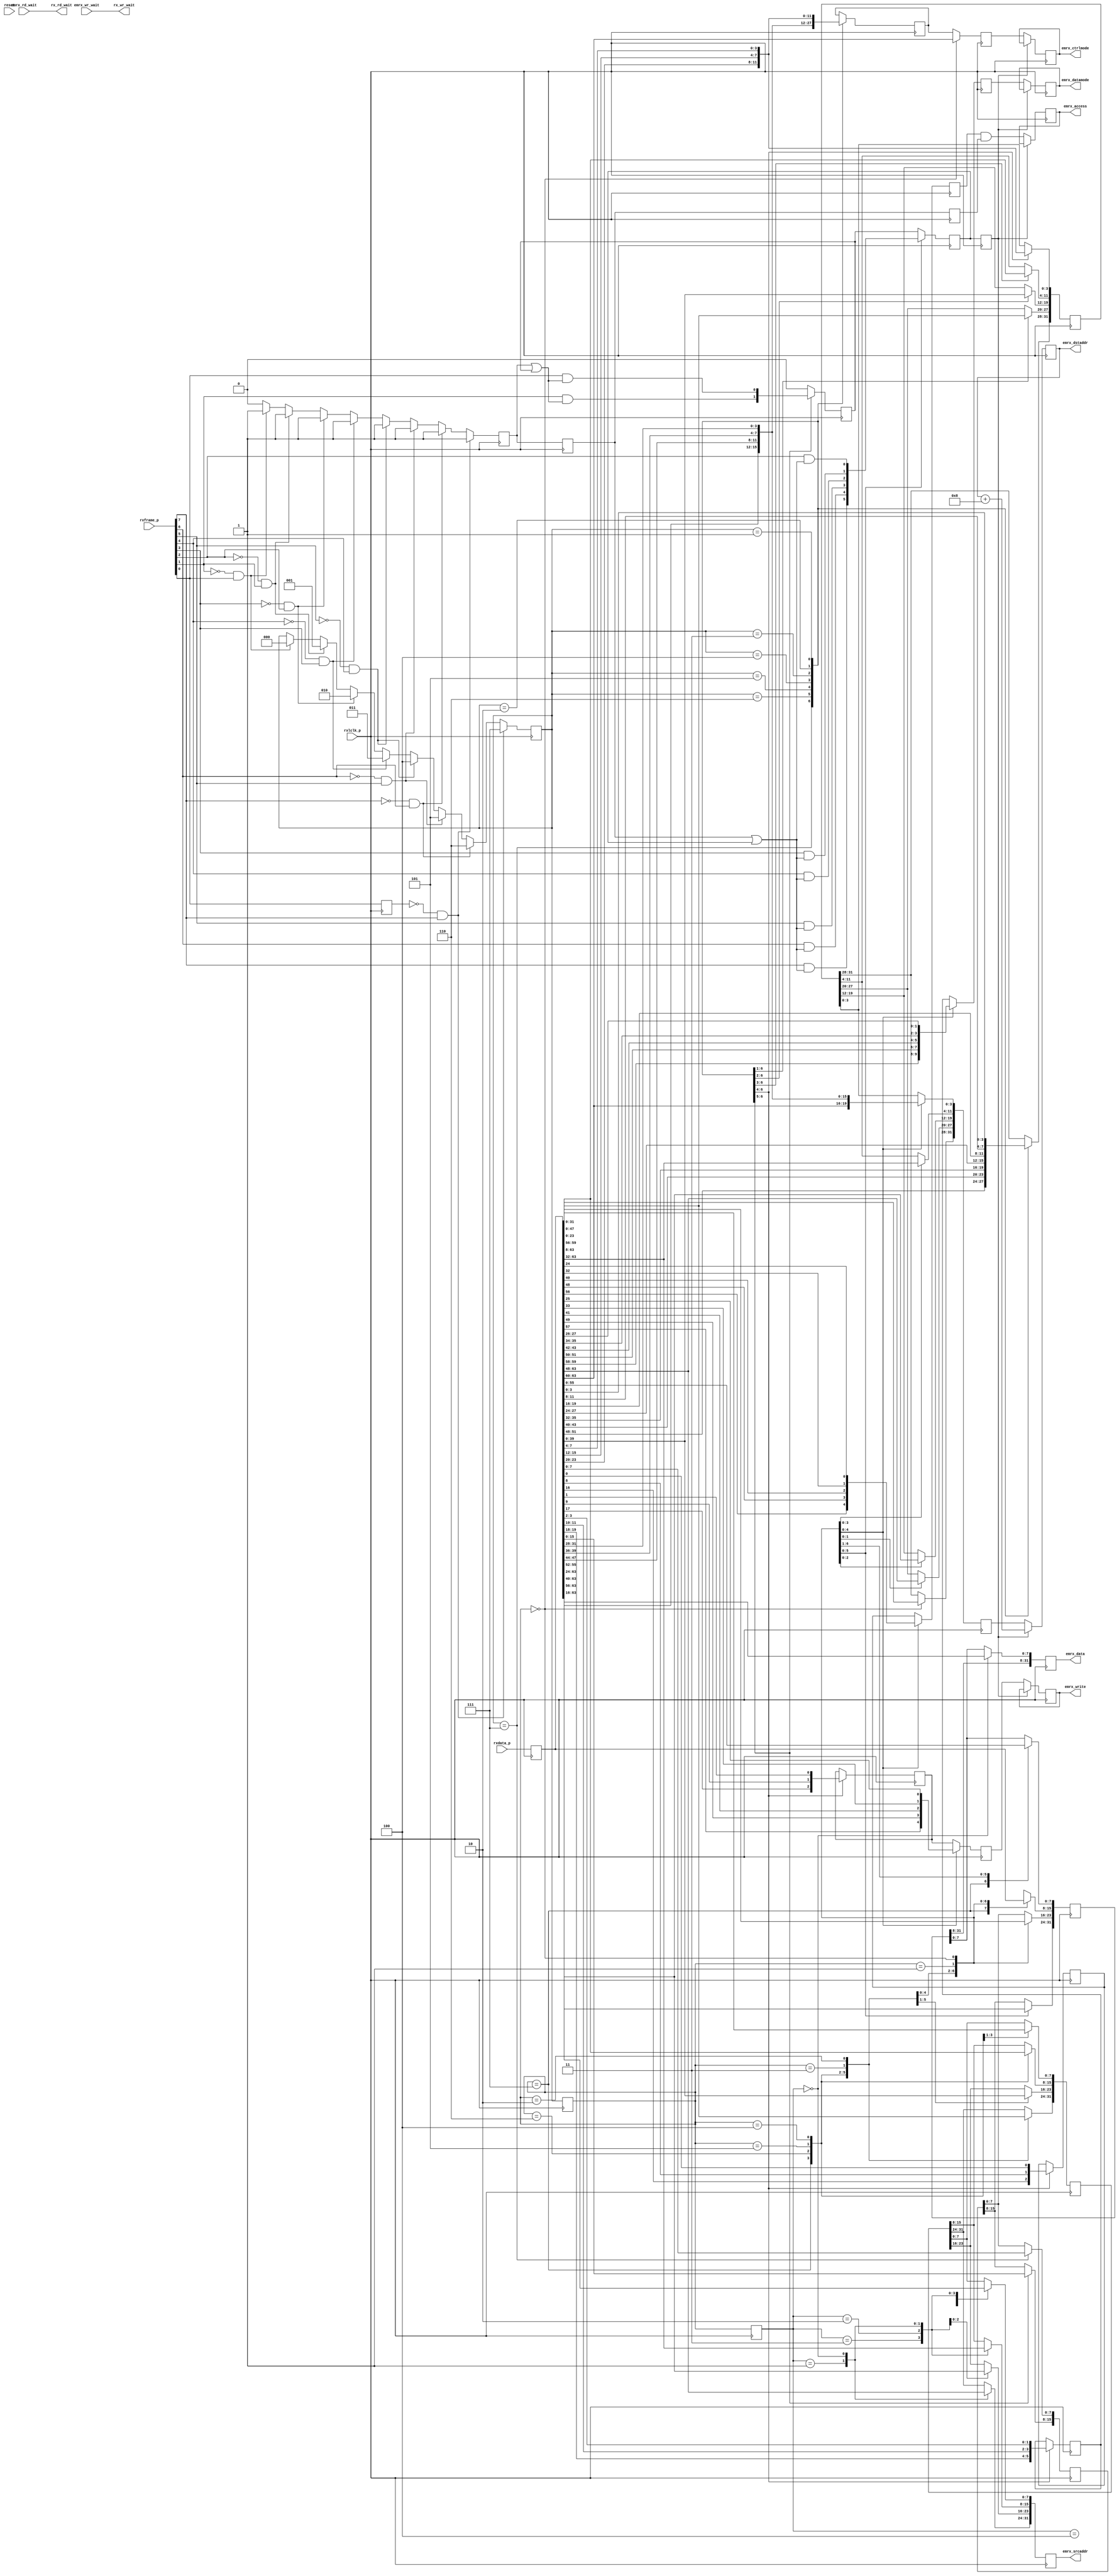
/*
  File: eproto_rx.v
 
  This file is part of the Parallella Project.

  Copyright (C) 2014 Adapteva, Inc.
  Contributed by Fred Huettig <fred@adapteva.com>

  This program is free software: you can redistribute it and/or modify
  it under the terms of the GNU General Public License as published by
  the Free Software Foundation, either version 3 of the License, or
  (at your option) any later version.

  This program is distributed in the hope that it will be useful,
  but WITHOUT ANY WARRANTY; without even the implied warranty of
  MERCHANTABILITY or FITNESS FOR A PARTICULAR PURPOSE.  See the
  GNU General Public License for more details.

  You should have received a copy of the GNU General Public License
  along with this program (see the file COPYING).  If not, see
  <http://www.gnu.org/licenses/>.
*/

/*
 ########################################################################
 EPIPHANY eLink RX Protocol block
 ########################################################################
 
 This block takes the parallel output of the input deserializers, locates
 valid frame transitions, and decodes the bytes into standard eMesh 
 protocol (104-bit transactions).
 */

module eproto_rx (/*AUTOARG*/
   // Outputs
   rx_rd_wait, rx_wr_wait, emrx_access, emrx_write, emrx_datamode,
   emrx_ctrlmode, emrx_dstaddr, emrx_srcaddr, emrx_data,
   // Inputs
   reset, rxlclk_p, rxframe_p, rxdata_p, emrx_rd_wait, emrx_wr_wait
   );

   // System reset input
   input          reset;

   // Parallel interface, 8 eLink bytes at a time
   input          rxlclk_p; // Parallel clock input from IO block
   input [7:0]    rxframe_p;
   input [63:0]   rxdata_p;
   output         rx_rd_wait;  // The wait signals are passed through
   output         rx_wr_wait;  // from the emesh interfaces
   
   // Output to MMU / filter
   output         emrx_access;
   output         emrx_write;
   output [1:0]   emrx_datamode;
   output [3:0]   emrx_ctrlmode;
   output [31:0]  emrx_dstaddr;
   output [31:0]  emrx_srcaddr;
   output [31:0]  emrx_data;
   input          emrx_rd_wait;
   input          emrx_wr_wait;
   
   //#############
   //# Configuration bits
   //#############

   //######################
   //# Identify FRAME edges
   //######################

   reg            frame_prev;

   reg [2:0]      rxalign_in;
   reg            rxactive_in;
   reg [63:0]     rxdata_in;
   
   reg [2:0]      rxalign_0;
   reg            rxactive_0;
   reg [3:0]      ctrlmode_0;
   reg [31:0]     dstaddr_0;
   reg [1:0]      datamode_0;
   reg            write_0;
   reg            access_0;
   reg [31:16]    data_0;
   reg            stream_0;
   
   reg [2:0]      rxalign_1;
   reg            rxactive_1;
   reg [3:0]      ctrlmode_1;
   reg [31:0]     dstaddr_1;
   reg [1:0]      datamode_1;
   reg            write_1;
   reg            access_1;
   reg [31:0]     data_1;
   reg [31:0]     srcaddr_1;
   reg            stream_1;
   
   reg [3:0]      ctrlmode_2;
   reg [31:0]     dstaddr_2;
   reg [1:0]      datamode_2;
   reg            write_2;
   reg            access_2;
   reg [31:0]     data_2;
   reg [31:0]     srcaddr_2;
   reg            stream_2;
   
   // Here we handle any alignment of the frame within an 8-cycle group,
   // though in theory frames should only start on rising edges??

   always @( posedge rxlclk_p ) begin

      frame_prev  <= rxframe_p[0] ;  // Capture last bit for next group
      rxdata_in   <= rxdata_p;
      
      if( ~frame_prev & rxframe_p[7] ) begin   // All 8 bytes are a new frame
         rxalign_in  <= 3'd7;
         rxactive_in <= 1'b1;
      end else if( ~rxframe_p[7] & rxframe_p[6] ) begin
         rxalign_in  <= 3'd6;
         rxactive_in <= 1'b1;
      end else if( ~rxframe_p[6] & rxframe_p[5] ) begin
         rxalign_in  <= 3'd5;
         rxactive_in <= 1'b1;
      end else if( ~rxframe_p[5] & rxframe_p[4] ) begin
         rxalign_in  <= 3'd4;
         rxactive_in <= 1'b1;
      end else if( ~rxframe_p[4] & rxframe_p[3] ) begin
         rxalign_in  <= 3'd3;
         rxactive_in <= 1'b1;
      end else if( ~rxframe_p[3] & rxframe_p[2] ) begin
         rxalign_in  <= 3'd2;
         rxactive_in <= 1'b1;
      end else if( ~rxframe_p[2] & rxframe_p[1] ) begin
         rxalign_in  <= 3'd1;
         rxactive_in <= 1'b1;
      end else if( ~rxframe_p[1] & rxframe_p[0] ) begin
         rxalign_in  <= 3'd0;
         rxactive_in <= 1'b1;
      end else begin
         rxactive_in <= 3'd0;  // No edge
      end
      
   end // always @ ( posedge rxlclk_p )

   // 1st cycle
   always @( posedge rxlclk_p ) begin

      rxactive_0 <= rxactive_in;
      rxalign_0  <= rxalign_in;
      stream_0   <= 1'b0;
            
      case(rxalign_in)
        3'd7: begin
           ctrlmode_0       <= rxdata_in[55:52];
           dstaddr_0[31:0]  <= rxdata_in[51:20];
           datamode_0       <= rxdata_in[19:18];
           write_0          <= rxdata_in[17];
           access_0         <= rxdata_in[16];
           data_0[31:16]    <= rxdata_in[15:0];
           stream_0         <= rxframe_p[1] & (rxactive_in | stream_0);
        end
        
        3'd6: begin
           ctrlmode_0       <= rxdata_in[47:44];
           dstaddr_0[31:0]  <= rxdata_in[43:12];
           datamode_0       <= rxdata_in[11:10];
           write_0          <= rxdata_in[9];
           access_0         <= rxdata_in[8];
           data_0[31:24]    <= rxdata_in[7:0];
           stream_0         <= rxframe_p[0] & (rxactive_in | stream_0);
        end

        3'd5: begin
           ctrlmode_0       <= rxdata_in[39:36];
           dstaddr_0[31:0]  <= rxdata_in[35:4];
           datamode_0       <= rxdata_in[3:2];
           write_0          <= rxdata_in[1];
           access_0         <= rxdata_in[0];
        end

        3'd4: begin
           ctrlmode_0       <= rxdata_in[31:28];
           dstaddr_0[31:4]  <= rxdata_in[27:0];
        end

        3'd3: begin
           ctrlmode_0       <= rxdata_in[23:20];
           dstaddr_0[31:12] <= rxdata_in[19:0];
        end

        3'd2: begin
           ctrlmode_0       <= rxdata_in[15:12];
           dstaddr_0[31:20] <= rxdata_in[11:0];
        end

        3'd1: begin
           ctrlmode_0       <= rxdata_in[7:4];
           dstaddr_0[31:28] <= rxdata_in[3:0];
        end
        
         // if align == 0 then only the tran byte is present, ignore
      endcase // case (rxalign_in)
      
   end // always @ ( posedge rxlclk_p )

   // 2nd cycle
   always @( posedge rxlclk_p ) begin

      rxactive_1 <= rxactive_0;
      rxalign_1  <= rxalign_0;

      // default pass-throughs
      ctrlmode_1    <= ctrlmode_0;
      dstaddr_1     <= dstaddr_0;
      datamode_1    <= datamode_0;
      write_1       <= write_0;
      access_1      <= access_0;
      data_1[31:16] <= data_0[31:16];
      stream_1      <= stream_0;
      
      case(rxalign_0)
        3'd7: begin
           data_1[15:0] <= rxdata_in[63:48];
           srcaddr_1    <= rxdata_in[47:16];
        end

        3'd6: begin
           data_1[23:0] <= rxdata_in[63:40];
           srcaddr_1   <= rxdata_in[39:8];
        end

        3'd5: begin
           data_1       <= rxdata_in[63:32];
           srcaddr_1    <= rxdata_in[31:0];
           stream_1     <= rxframe_p[7] & (rxactive_0 | stream_1);
        end

        3'd4: begin
           dstaddr_1[3:0]  <= rxdata_in[63:60];
           datamode_1      <= rxdata_in[59:58];
           write_1         <= rxdata_in[57];
           access_1        <= rxdata_in[56];
           data_1          <= rxdata_in[55:24];
           srcaddr_1[31:8] <= rxdata_in[23:0];
           stream_1        <= rxframe_p[6] & (rxactive_0 | stream_1);
        end

        3'd3: begin
           dstaddr_1[11:0]  <= rxdata_in[63:52];
           datamode_1       <= rxdata_in[51:50];
           write_1          <= rxdata_in[49];
           access_1         <= rxdata_in[48];
           data_1           <= rxdata_in[47:16];
           srcaddr_1[31:16] <= rxdata_in[15:0];
           stream_1         <= rxframe_p[5] & (rxactive_0 | stream_1);
        end
           
        3'd2: begin
           dstaddr_1[19:0]  <= rxdata_in[63:44];
           datamode_1       <= rxdata_in[43:42];
           write_1          <= rxdata_in[41];
           access_1         <= rxdata_in[40];
           data_1           <= rxdata_in[39:8];
           srcaddr_1[31:24] <= rxdata_in[7:0];
           stream_1         <= rxframe_p[4] & (rxactive_0 | stream_1);
        end
        
        3'd1: begin
           dstaddr_1[27:0]  <= rxdata_in[63:36];
           datamode_1       <= rxdata_in[35:34];
           write_1          <= rxdata_in[33];
           access_1         <= rxdata_in[32];
           data_1           <= rxdata_in[31:0];
           stream_1         <= rxframe_p[3] & (rxactive_0 | stream_1);
        end
           
        3'd0: begin
           ctrlmode_1       <= rxdata_in[63:60];
           dstaddr_1[31:0]  <= rxdata_in[59:28];
           datamode_1       <= rxdata_in[27:26];
           write_1          <= rxdata_in[25];
           access_1         <= rxdata_in[24];
           data_1[31:8]     <= rxdata_in[23:0];
           stream_1         <= rxframe_p[2] & (rxactive_0 | stream_1);
        end
      endcase
   end // always @ ( posedge rxlclk_p )
   
   // 3rd cycle
   always @( posedge rxlclk_p ) begin

      // default pass-throughs
      if(~stream_2) begin
         ctrlmode_2    <= ctrlmode_1;
         dstaddr_2     <= dstaddr_1;
         datamode_2    <= datamode_1;
         write_2       <= write_1;
         access_2      <= access_1 & rxactive_1;
      end else begin
         dstaddr_2     <= dstaddr_2 + 32'h00000008;
      end

      data_2        <= data_1;
      srcaddr_2     <= srcaddr_1;
      stream_2      <= stream_1;

      case( rxalign_1 )
        // 7-5: Full packet is complete in 2nd cycle
        3'd4:
          srcaddr_2[7:0]  <= rxdata_in[63:56];
        3'd3:
          srcaddr_2[15:0] <= rxdata_in[63:48];
        3'd2:
          srcaddr_2[23:0] <= rxdata_in[63:40];
        3'd1:
          srcaddr_2[31:0] <= rxdata_in[63:32];
        3'd0: begin
           data_2[7:0]     <= rxdata_in[63:56];
           srcaddr_2[31:0] <= rxdata_in[55:24];
        end
      endcase // case ( rxalign_1 )

   end // always @ ( posedge rxlclk_p )
   
/*  The spec says reads use the 'data' slot for src address, but apparently
    the silicon has not read this spec.
      if( write_1 ) begin

         srcaddr_2 <= srcaddr_1;
         
         case( rxalign_1 )
           // 7-5 Full packet is complete in 2nd cycle        
           3'd4:
             srcaddr_2[7:0]  <= rxdata_in[63:56];
           3'd3:
             srcaddr_2[15:0] <= rxdata_in[63:48];
           3'd2:
             srcaddr_2[23:0] <= rxdata_in[63:40];
           3'd1:
             srcaddr_2[31:0] <= rxdata_in[63:32];
           3'd0: begin
              data_2[7:0]     <= rxdata_in[63:56];
              srcaddr_2[31:0] <= rxdata_in[55:24];
           end
         endcase // case ( rxalign_1 )
         
      end else begin  // on reads, source addr is in data slot

         srcaddr_2 <= data_1;

         if( rxalign_1 == )
           srcaddr_2[7:0] <= rxdata_in[63:56];

      end // else: !if( write_1 )
      
   end // always @ ( posedge rxlclk_p )
*/
   // xxx_2 now has one complete transfer

   // TODO: Handle burst mode, for now we stop after one xaction

   assign emrx_access = access_2;
   assign emrx_write  = write_2;
   assign emrx_datamode = datamode_2;
   assign emrx_ctrlmode = ctrlmode_2;
   assign emrx_dstaddr  = dstaddr_2;
   assign emrx_srcaddr  = srcaddr_2;
   assign emrx_data     = data_2;
   
   //################################
   //# Wait signal passthrough
   //################################
   wire          rx_rd_wait = emrx_rd_wait;
   wire          rx_wr_wait = emrx_wr_wait;
   
endmodule // eproto_rx